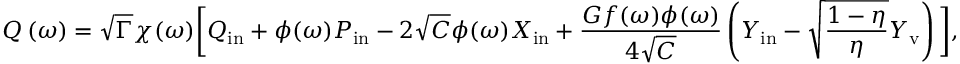
Q \ensuremath { \left( \omega \right) } = \sqrt { \Gamma } \chi ( \omega ) \bigg [ Q _ { \mathrm { i n } } + \phi ( \omega ) P _ { \mathrm { i n } } - 2 \sqrt { C } \phi ( \omega ) X _ { \mathrm { i n } } + \frac { G f ( \omega ) \phi ( \omega ) } { 4 \sqrt { C } } \left( Y _ { \mathrm { i n } } - \sqrt { \frac { 1 - \eta } { \eta } } Y _ { \mathrm { v } } \right) \bigg ] ,